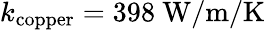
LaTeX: k_{\mathrm{copper}}=398\ \mathrm{W/m/K}